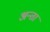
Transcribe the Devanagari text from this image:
अन्ता